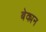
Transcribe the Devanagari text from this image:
बेक्मन